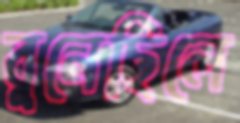
বুনেছিলে